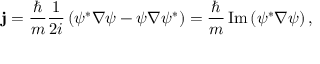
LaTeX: \mathbf { j } = { \frac { \hbar } { m } } { \frac { 1 } { 2 i } } \left( \psi ^ { * } \nabla \psi - \psi \nabla \psi ^ { * } \right) = { \frac { \hbar } { m } } \operatorname { I m } \left( \psi ^ { * } \nabla \psi \right) ,